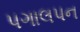
પગાલપન